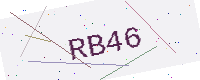
Text: RB46